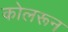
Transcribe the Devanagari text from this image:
कोलरून